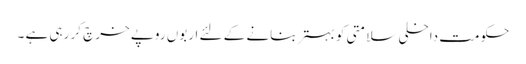
حکومت داخلی سلامتی کو بہتر بنانے کے لئے اربوں روپے خرچ کر رہی ہے ۔